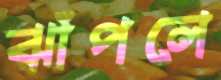
ঝাঁপলে